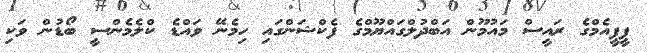
ޕީޕީއެމްގެ ރައީސް މައުމޫން އަބްދުލްގައްޔޫމްގެ ފެކްޝަންގައި ހިމެނޭ ވައްޑެ ކްލެމެންސީ ބޯޑުން ވަކި